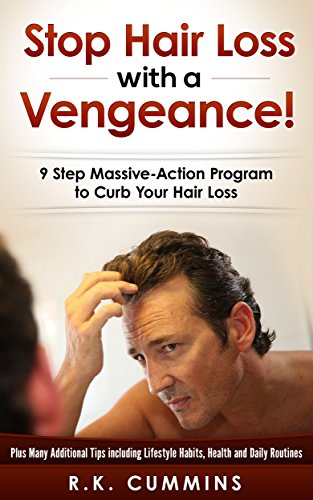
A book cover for Stop Hair Loss with a Vengeance!: 9 Step Massive-Action Program to Curb Your Hair Loss; R.K. Cummins; Health, Fitness & Dieting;